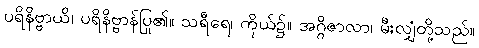
ပရိနိဗ္ဗာယိ၊ ပရိနိဗ္ဗာန်ပြု၏။ သရီရေ၊ ကိုယ်၌။ အဂ္ဂိဇာလာ၊ မီးလျှံတို့သည်။